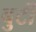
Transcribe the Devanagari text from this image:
बुर्टी